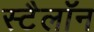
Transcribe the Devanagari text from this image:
स्टैलॉन